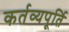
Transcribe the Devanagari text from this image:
कर्तव्यपूर्ति